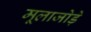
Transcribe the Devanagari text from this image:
मूलाजोड़े